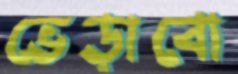
ভেড়াবো